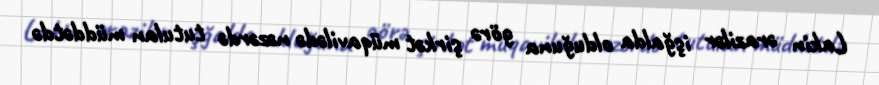
Lakin ərazilər işğalda olduğuna görə şirkət müqavilədə nəzərdə tutulan müddətdə